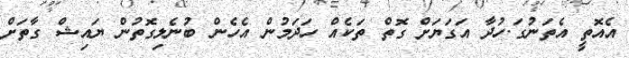
އެއޮތީ އެތަނުގަ.ހުދާ އަގަޔަށް ގޮތް ތަކެއް ހަދަމުން އެހެން ބުނެލިގޮތުން ޔައިޝް ގާތަށް